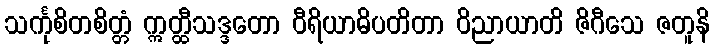
သင်္ကုစိတစိတ္တံ ဣတ္ထီသဒ္ဒတော ဝီရိယာဓိပတိတာ ဝိညာယာတိ ဇိဂီသေ ဇတူနိ